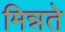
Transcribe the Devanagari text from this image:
मिन्नते